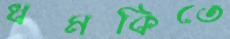
ধমকিতে